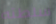
سلطته